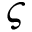
\varsigma